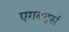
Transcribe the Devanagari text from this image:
एगबर्ट्स